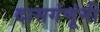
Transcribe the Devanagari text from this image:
दासगंणूंनी